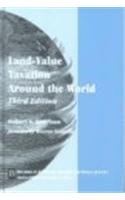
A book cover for Land-Value Taxation Around the World: Studies in Economic Reform and Social Justice (AJES - Studies in Economic Reform and Social Justice); Law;